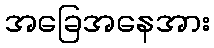
အခြေအနေအား